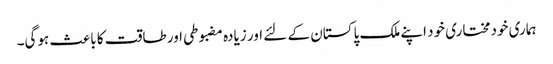
ہماری خودمختاری خود اپنے ملک پاکستان کے لئے اور زیادہ مضبوطی اور طاقت کا باعث ہوگی۔